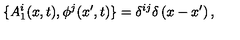
\{ A _ { 1 } ^ { i } ( x , t ) , \phi ^ { j } ( x ^ { \prime } , t ) \} = \delta ^ { i j } \delta \left( x - x ^ { \prime } \right) ,